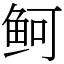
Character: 鲄